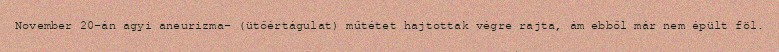
November 20-án agyi aneurizma- (ütőértágulat) műtétet hajtottak végre rajta, ám ebből már nem épült föl.